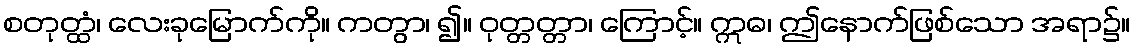
စတုတ္ထံ၊ လေးခုမြောက်ကို။ ကတွာ၊ ၍။ ဝုတ္တတ္တာ၊ ကြောင့်။ ဣဓ၊ ဤနောက်ဖြစ်သော အရာ၌။